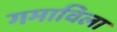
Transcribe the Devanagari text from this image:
गमाविला